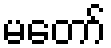
မတော်